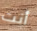
أنت